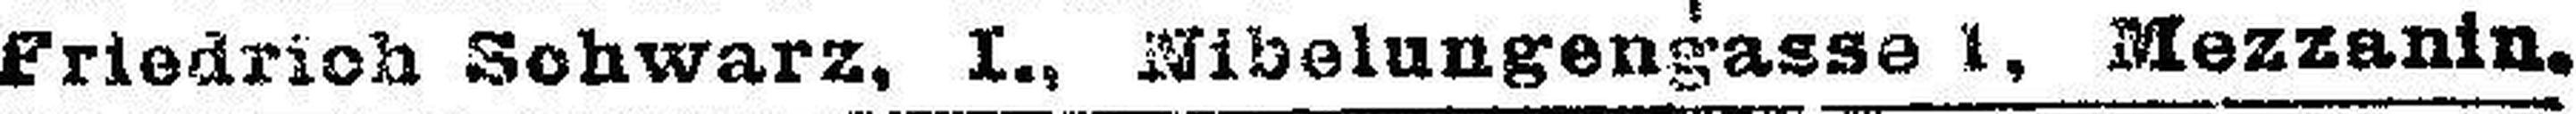
Friedrich Schwarz. I., Nibelungengasse I. Mezzanin.